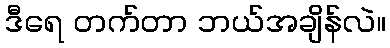
ဒီရေ တက်တာ ဘယ်အချိန်လဲ။